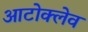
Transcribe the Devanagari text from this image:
आटोक्‍लेव